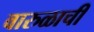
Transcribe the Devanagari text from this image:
वारुळाची